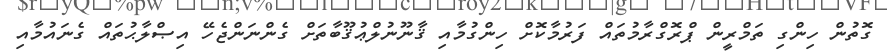
ގޮތުން ހިންގި ތަމްރީން ޕްރޮގްރާމުތައް ފަރުމާކޮށް ހިންގުމާއި ޤާނޫނުލްޢުޤޫބާތަށް ގެންނަންޖެހޭ އިޞްލާޙުތައް ގެނައުމާއި